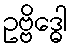
ဥဗ္ဗိဒ္ဓေါ